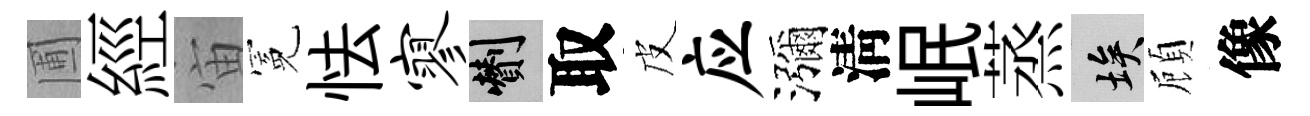
圃經宙冕怯寥剪取皮应瀰淸岷蒸埃頋像